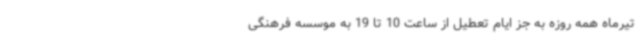
تیرماه همه روزه به جز ایام تعطیل از ساعت 10 تا 19 به موسسه فرهنگی